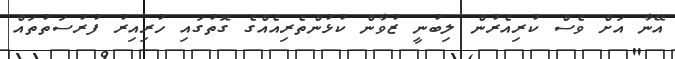
އޭނާ އަށް ވެސް ކުރިއެރުން ލިބުނީ ޒުވާން ކުޅުންތެރިއެއްގެ ގޮތުގައި ހުރިއިރު ފުރުސަތުތައް